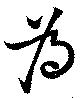
為